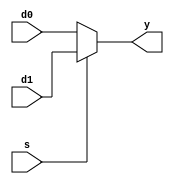
// mux2
module mux2 #(parameter WIDTH = 5)
             (d0, d1,
              s, y);
              
    input  [WIDTH-1:0] d0, d1;
    input              s;
    output [WIDTH-1:0] y;          
              
    assign y = ( s == 1'b1 ) ? d1:d0;
    
endmodule

// mux4
module mux4 #(parameter WIDTH = 32)
             (d0, d1, d2, d3,
              s, y);
    
    input  [WIDTH-1:0] d0, d1, d2, d3;
    input  [1:0] s;
    output [WIDTH-1:0] y;
    
    reg [WIDTH-1:0] y_r;
    
    always @( * ) begin
        case ( s )
            2'b00: y_r = d0;
            2'b01: y_r = d1;
            2'b10: y_r = d2;
            2'b11: y_r = d3;
            default: ;
        endcase             
    end // end always
    
    assign y = y_r;     //???assigny_ryalwaysassigny=y_r*y_r
        
endmodule

// mux8
/*module mux8 #(parameter WIDTH = 8)
             (d0, d1, d2, d3,
              d4, d5, d6, d7,
              s, y);
    
    input  [WIDTH-1:0] d0, d1, d2, d3;
    input  [WIDTH-1:0] d4, d5, d6, d7;
    input  [2:0]       s;
    output [WIDTH-1:0] y;
    
    reg [WIDTH-1:0] y_r;
    
    always @( * ) begin
        case ( s )
            3'd0: y_r = d0;
            3'd1: y_r = d1;
            3'd2: y_r = d2;
            3'd3: y_r = d3;
            3'd4: y_r = d4;
            3'd5: y_r = d5;
            3'd6: y_r = d6;
            3'd7: y_r = d7;
            default: ;
        endcase
    end // end always
    
    assign y = y_r;    
    
endmodule

// mux16
module mux16 #(parameter WIDTH = 8)
             (d0, d1, d2, d3,
              d4, d5, d6, d7,
              d8, d9, d10, d11,
              d12, d13, d14, d15,
              s, y);
    
    input [WIDTH-1:0] d0, d1, d2, d3;
    input [WIDTH-1:0] d4, d5, d6, d7;
    input [WIDTH-1:0] d8, d9, d10, d11;
    input [WIDTH-1:0] d12, d13, d14, d15;
    input [3:0] s;
    output [WIDTH-1:0] y;
    
    reg [WIDTH-1:0] y_r;
    
    always @( * ) begin
        case ( s )
            4'd0:  y_r = d0;
            4'd1:  y_r = d1;
            4'd2:  y_r = d2;
            4'd3:  y_r = d3;
            4'd4:  y_r = d4;
            4'd5:  y_r = d5;
            4'd6:  y_r = d6;
            4'd7:  y_r = d7;
            4'd8:  y_r = d8;
            4'd9:  y_r = d9;
            4'd10: y_r = d10;
            4'd11: y_r = d11;
            4'd12: y_r = d12;
            4'd13: y_r = d13;
            4'd14: y_r = d14;
            4'd15: y_r = d15;
            default: ;
        endcase
    end // end always
    
    assign y = y_r;    
    
endmodule   */